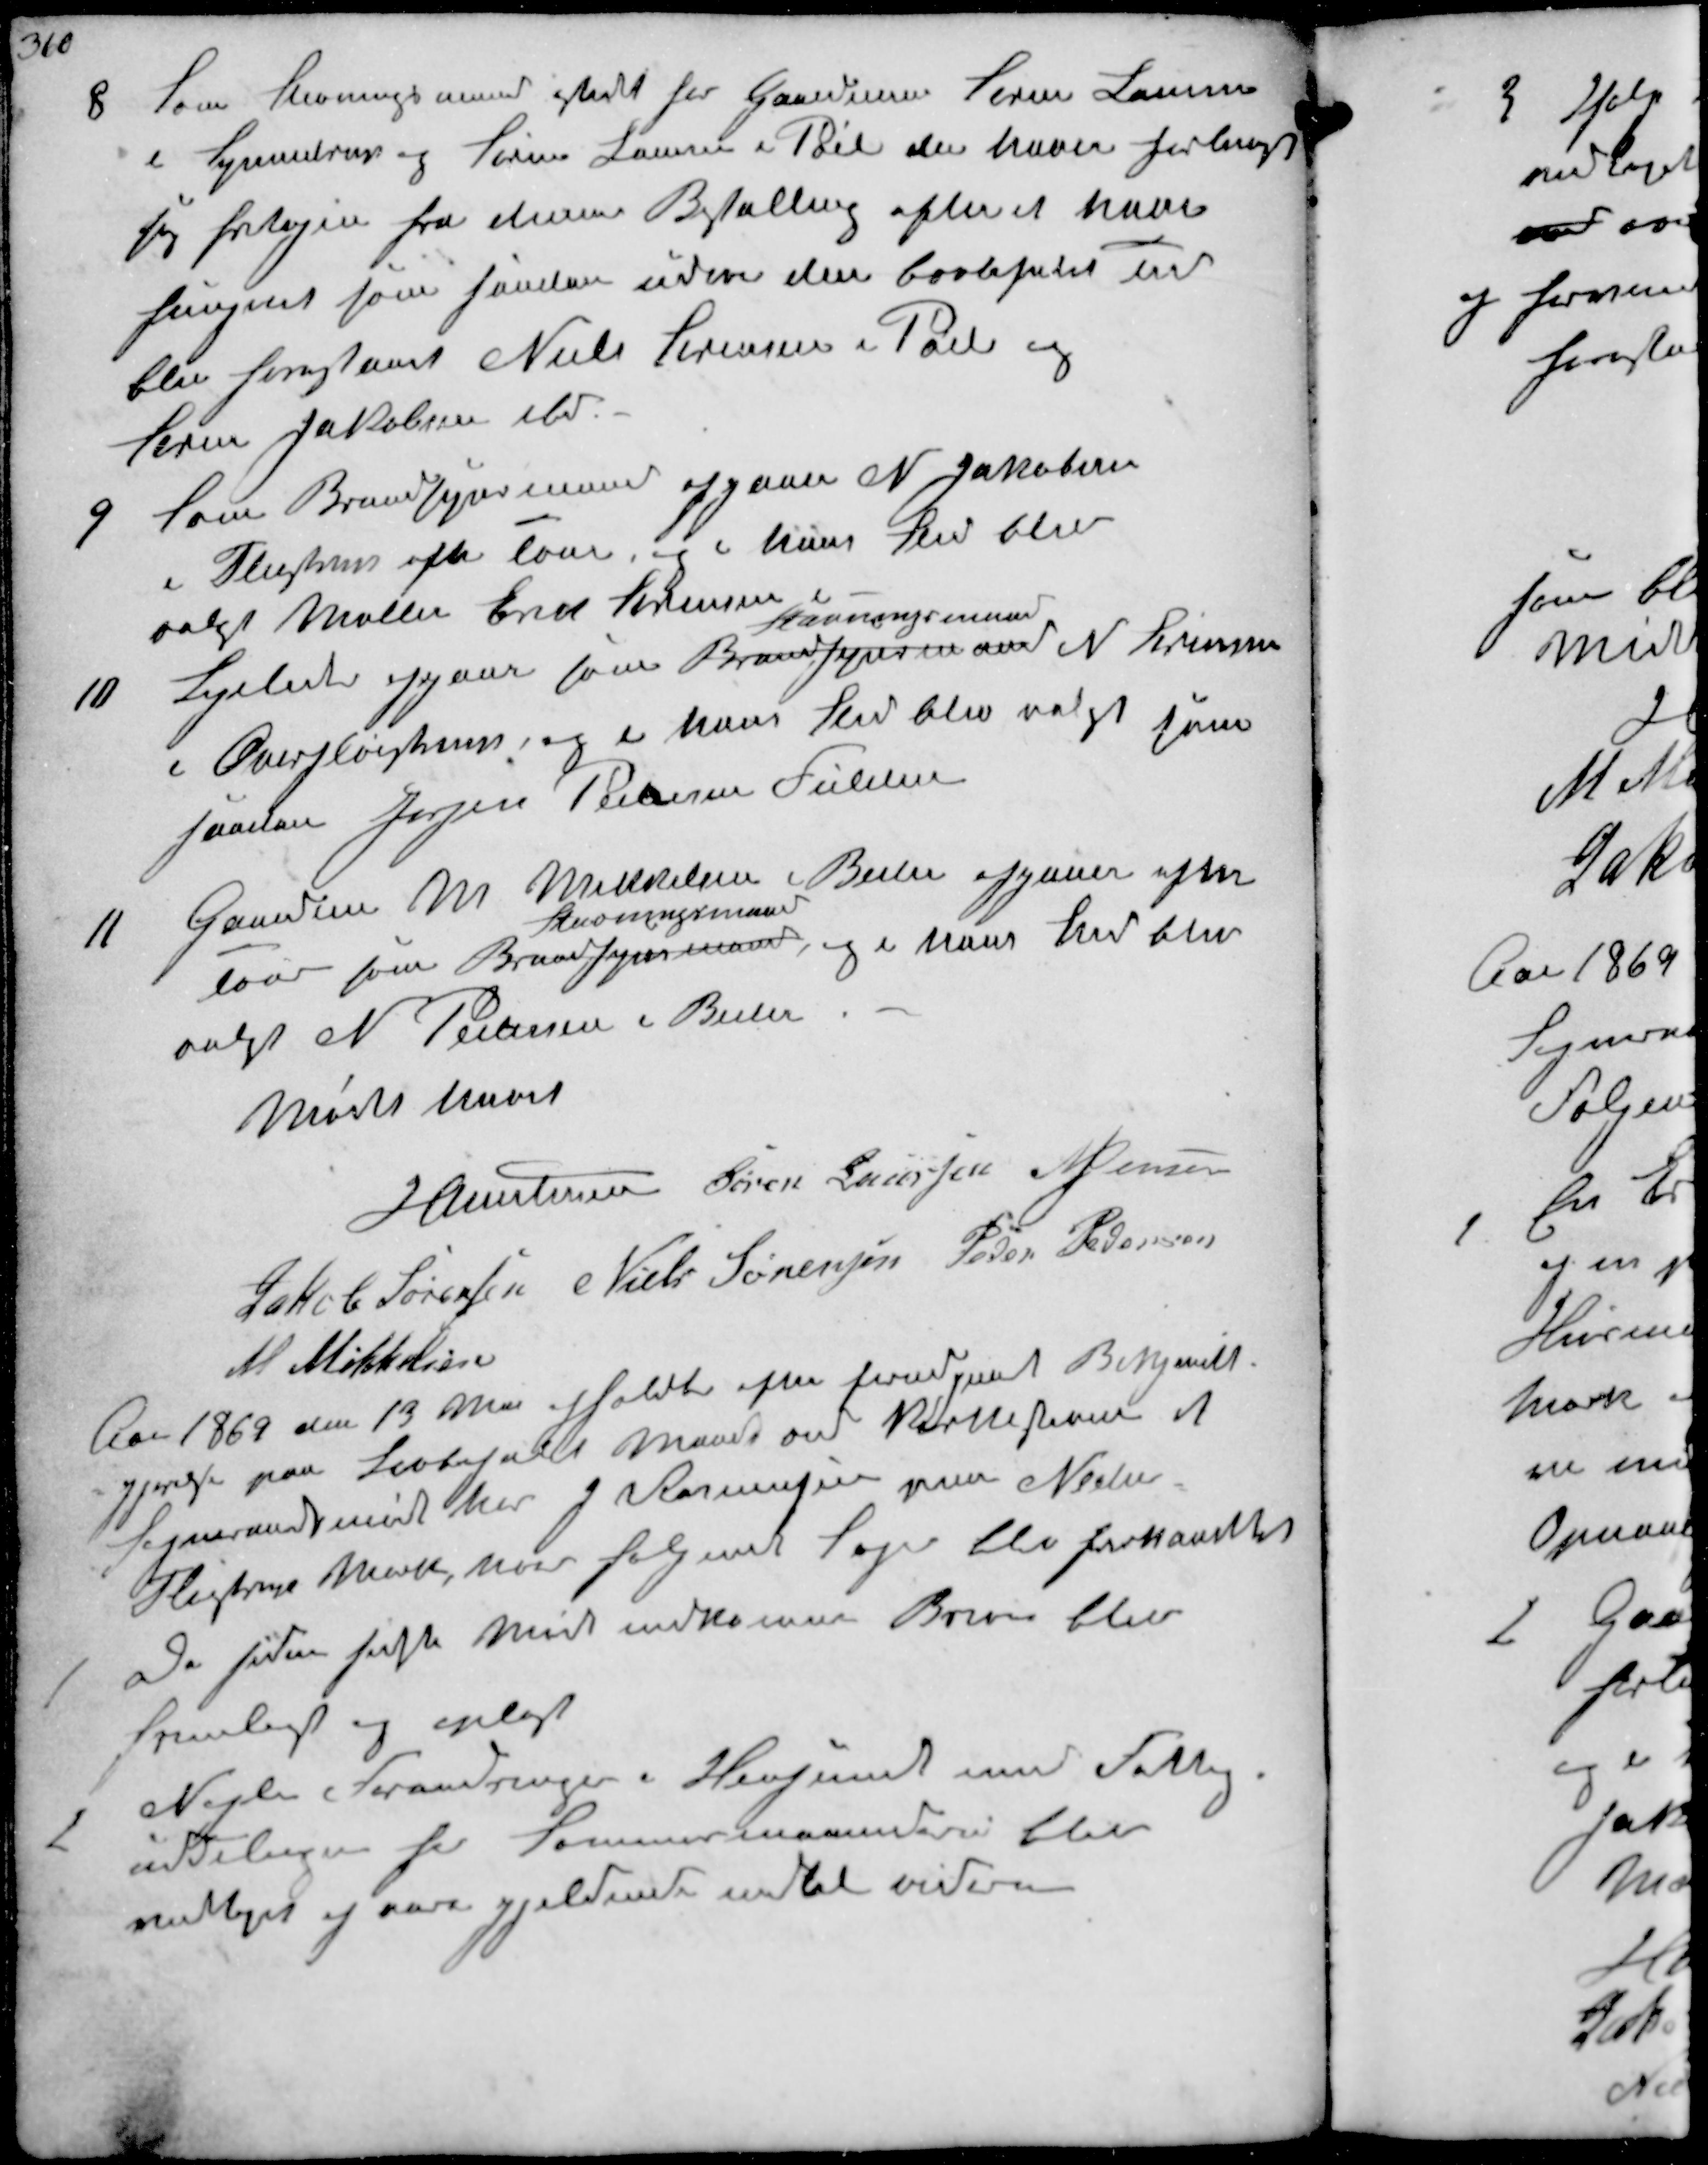
Transskription:
8
Som Stævningsmand istedet for Gaardmm Søren Laursen
i Synnedrup og Søren Laursen i Pøel den haver forlangt
sig fritagen fra denne Bestilling efterat have
fungeret som saadan i den lovligtet Tid
blev foreslaaet Niels Sørensen i Pøel og
Søren Jakobsen ibd

9
Som Brandsynsmand afgaaer N. Jakobsen
i Fløjstrup efter Tour og i hans Sted blev
valgt Møller Erik Sørensen

10
Ligeledes afgaar som Brandsynsmand 
Nævningsmand
N Sørensen
i Overfløjstrup og i hans Sted blev valgt som
saadan Jørgen Pedersen Fulden

11
Gaardeier M. Middelsen i Beder afgaar efter
Tour som Brandsynmand
Stævningsmand
og i hans Sted blev
valgt N. Pedersen i Beder
Mødet hævet

J Christensen Søren Laursen N Jensen
Jakob Sørensen Niels Sørensen Peder Pedersen
M Mikkelsen
Aar 1869 den 13 Maj afholdtes efter forudgivet Bekjendt-
gjørelse paa Lovbefalet Maade ved Kirkestævne et
Sogneraadsmøde hos J Rasmussen paa Neder
Fløjstrup Mark, hvor følgende Sager blev forhandlet
1
De siden sidste Møde indkomne Breve blev
fremlagt og oplæst
2
Nogle Forandringer i  med Fattig-
uddelingen for Sommermaanederne blev
vedtaget og være gjældende indtil videre